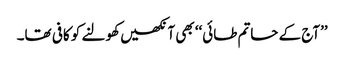
’’آج کے حاتم طائی‘‘ بھی آنکھیں کھولنے کو کافی تھا۔